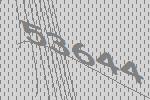
53644